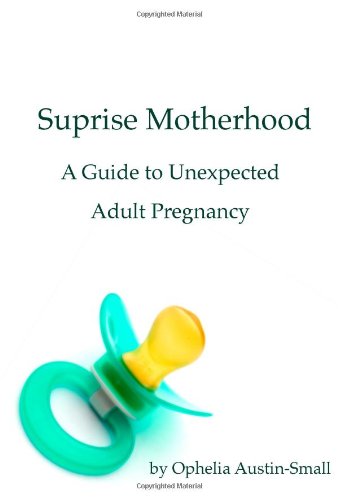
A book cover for Surprise Motherhood: A Guide to Unexpected Adult Pregnancy; Ophelia Austin-Small; Health, Fitness & Dieting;